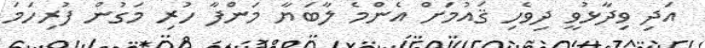
އަދި ވިދާޅުވީ ދިވެހި ޤައުމަށް އެންމެ ލާބަޔާ މަންފާ ހުރި މަގުން ފުރިހަމަ